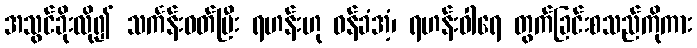
အသွင်ခိုးလို၍ သင်္ကန်းဝတ်ပြီး ရဟန်းဟု ဝန်ခံအံ့၊ ရဟန်းဝါရေ တွက်ခြင်းစသည်ကိုကား